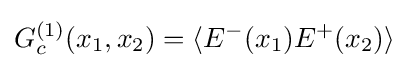
G_{c}^{(1)}(x_{1},x_{2})=\langle E^{-}(x_{1})E^{+}(x_{2})\rangle